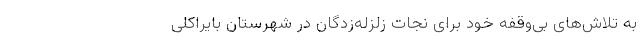
به تلاش‌های بی‌وقفه خود برای نجات زلزله‌زدگان در شهرستان بایراکلی